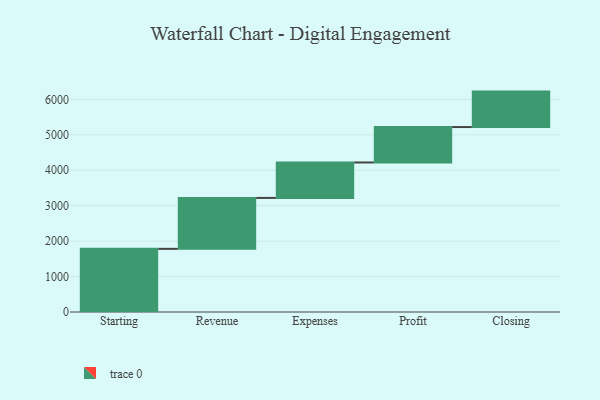
{"axis": {"x": "Step", "y": "Value"}, "legend": [""], "data": [{"x": "Starting", "y": 1782.0, "type": ""}, {"x": "Revenue", "y": 1437.0, "type": ""}, {"x": "Expenses", "y": 1000, "type": ""}, {"x": "Profit", "y": 1000, "type": ""}, {"x": "Closing", "y": 1000, "type": ""}]}